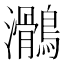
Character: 𪆸